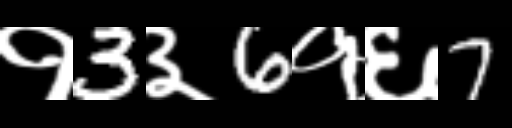
Text: १3३6१६7